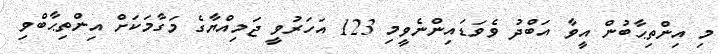
މި އިންތިޙާބުން އީވާ އަބްދު ވެވަޑައިންނެވީމި 123 އަހަރުވީ ޖަމިއްޔާގެ މަގާމަކަށް އިންތިޙާބްވި